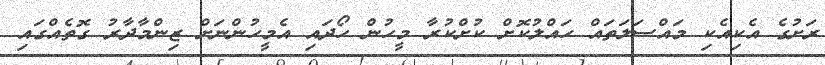
ރަށުގެ އެކިއެކި މައްސަލަތައް ހައްލުކޮށް ކުށްކުރާ މީހުން ހޯދައި އެމީހުންނަށް ޒިންމާދާރު ގޮތެއްގައި